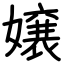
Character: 嬢